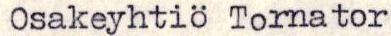
Osakeyhtiö Tornator